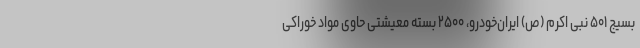
بسیج ۵۰۱ نبی اکرم (ص) ایران‌خودرو، ۲۵۰۰ بسته معیشتی حاوی مواد خوراکی